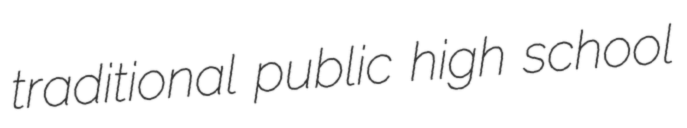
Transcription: traditional public high school